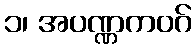
၁၊ အပဏ္ဏကဝဂ်